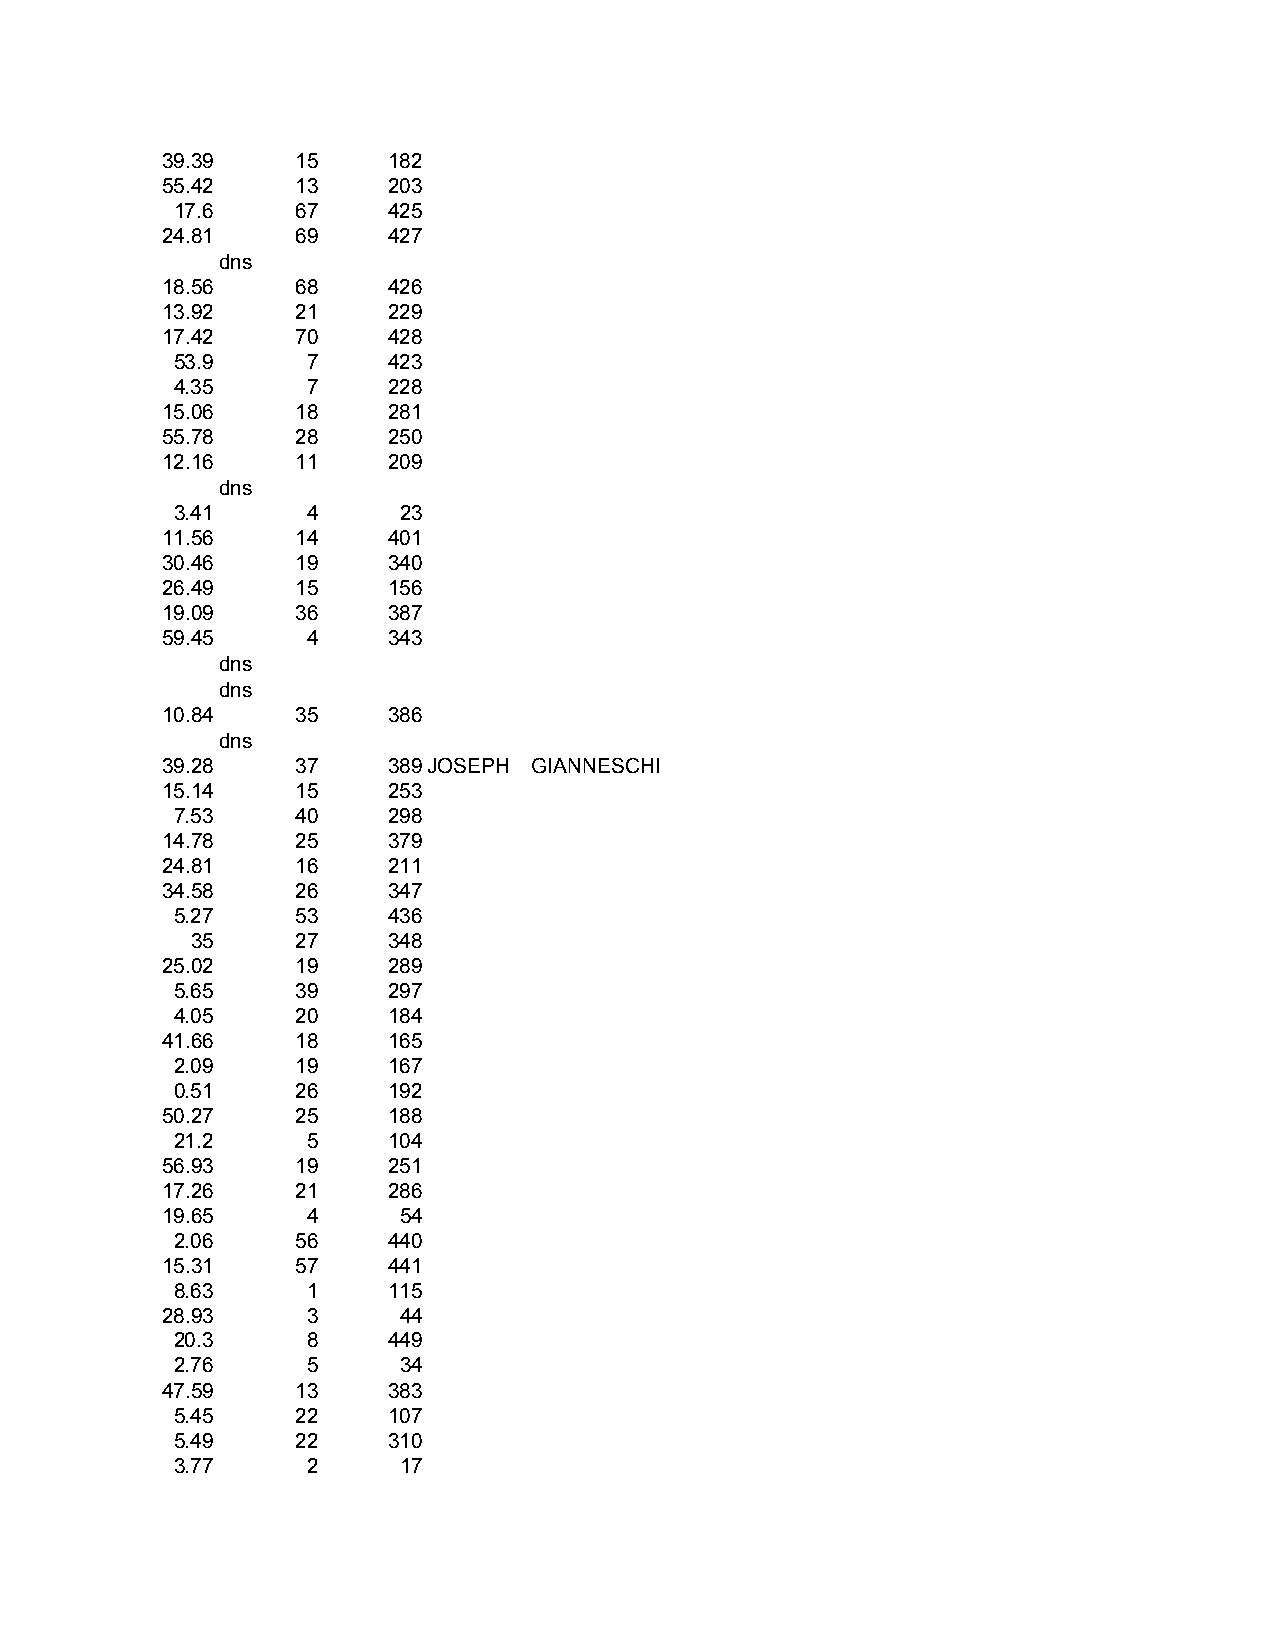
39.39    15    182
 55.42    13    203
 17.6     67    425
 24.81    69    427
 dns
 18.56    68    426
 13.92    21    229
 17.42    70    428
 53.9     7     423
 4.35     7     228
 15.06    18    281
 55.78    28    250
 12.16    11    209
 dns
 3.41     4     23
 11.56    14    401
 30.46    19    340
 26.49    15    156
 19.09    36    387
 59.45    4     343
 dns
 dns
 10.84    35    386
 dns
 39.28    37    389JOSEPH GIANNESCHI
 15.14    15    253
 7.53     40    298
 14.78    25    379
 24.81    16    211
 34.58    26    347
 5.27     53    436
 35     27    348
 25.02    19    289
 5.65     39    297
 4.05     20    184
 41.66    18    165
 2.09     19    167
 0.51     26    192
 50.27    25    188
 21.2     5     104
 56.93    19    251
 17.26    21    286
 19.65    4     54
 2.06     56    440
 15.31    57    441
 8.63     1     115
 28.93    3     44
 20.3     8     449
 2.76     5     34
 47.59    13    383
 5.45     22    107
 5.49     22    310
 3.77     2     17